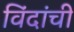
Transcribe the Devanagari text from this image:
विंदांची